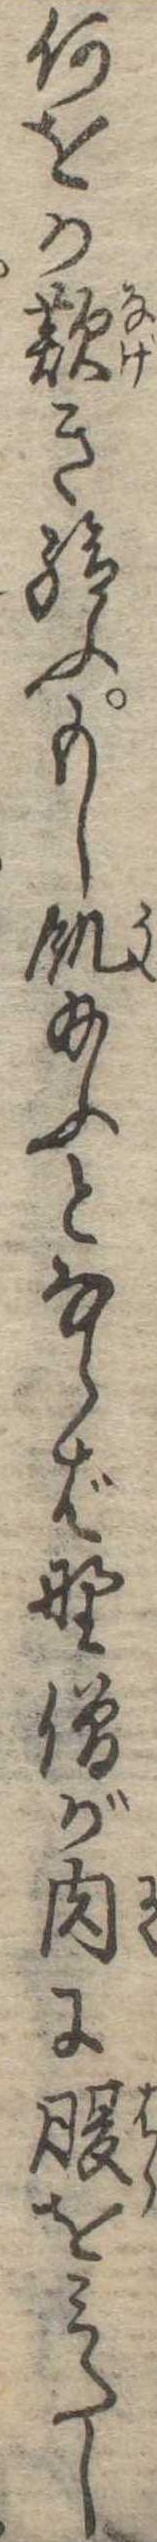
何をか歎き給ふもし飢給ふとならば野僧が肉に腹をみたし